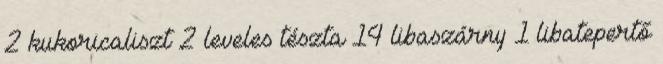
2 kukoricaliszt 2 leveles tészta 14 libaszárny 1 libatepertő